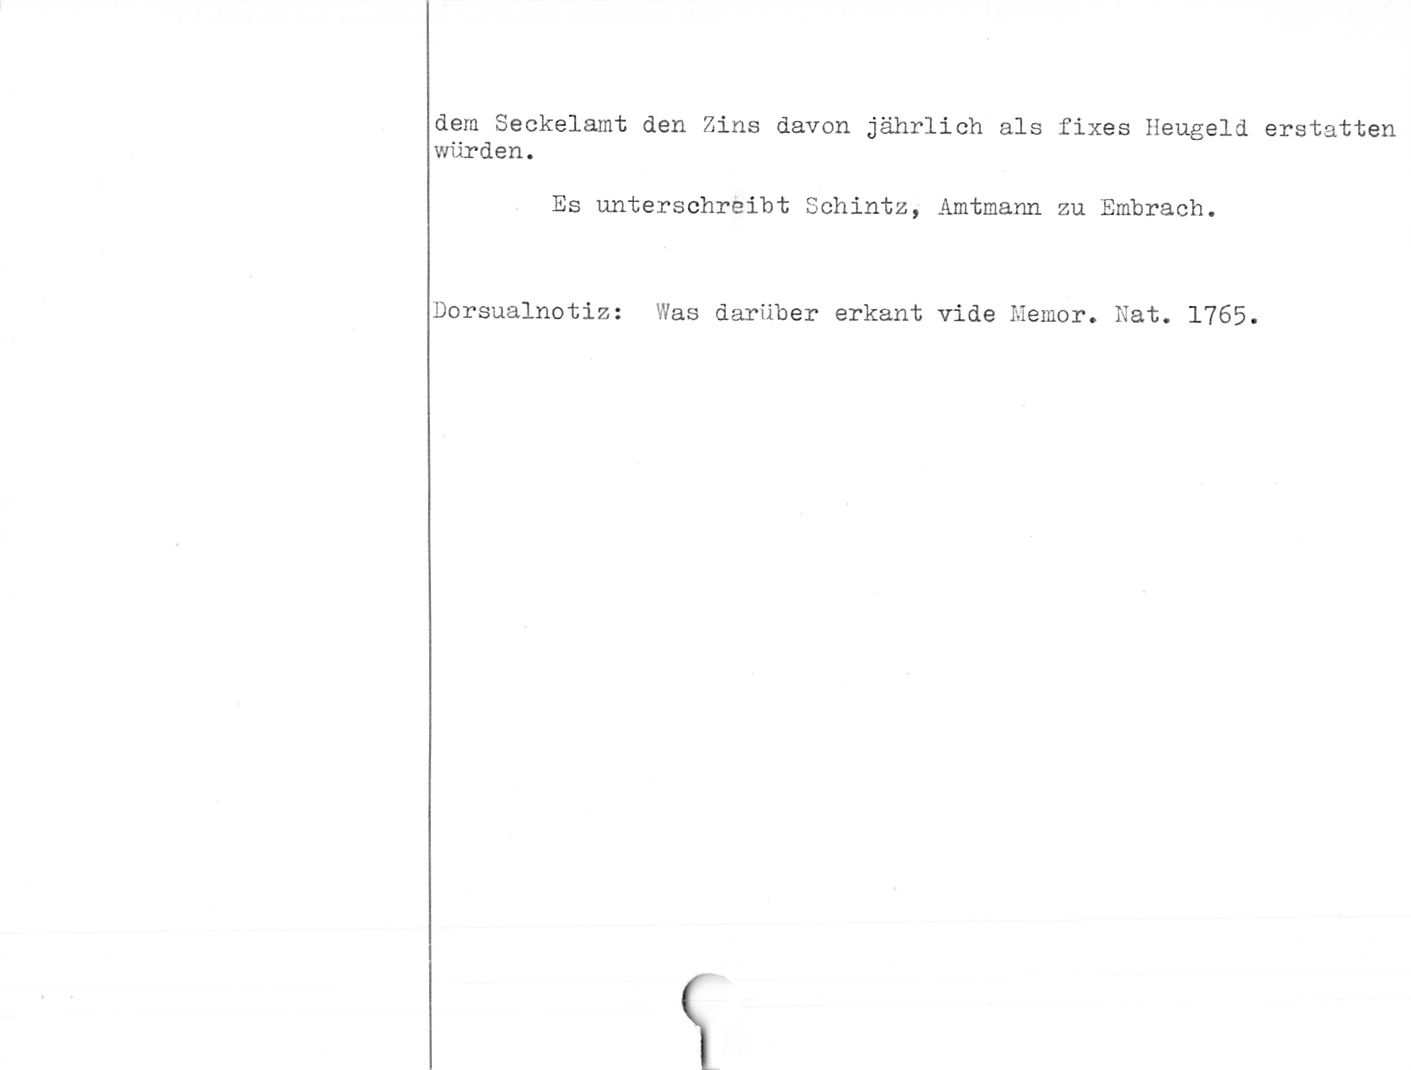
dem Seckelamt den Zins davon jährlich als fixes Heugeld erstatten
würden.

Es unterschreibt Schintz, Amtmann zu Embrach.

Dorsualnotiz: Was darüber erkant vide Memor. Kat. 1765.